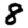
Digit: 8